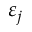
\varepsilon _ { j }